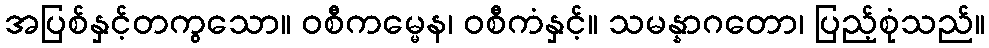
အပြစ်နှင့်တကွသော။ ဝစီကမ္မေန၊ ဝစီကံနှင့်။ သမန္နာဂတော၊ ပြည့်စုံသည်။